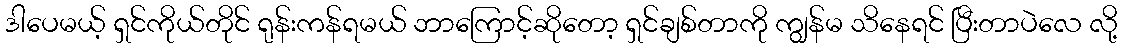
ဒါပေမယ့် ရှင်ကိုယ်တိုင် ရုန်းကန်ရမယ် ဘာကြောင့်ဆိုတော့ ရှင်ချစ်တာကို ကျွန်မ သိနေရင် ပြီးတာပဲလေ လို့